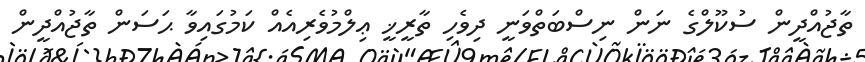
ތާޖުއްދީން ސުކޫލްގެ ނަން ނިސްބަތްވަނީ ދިވެހި ތާރީޚީ ޢިލްމުވެރިއެއް ކަމުގައިވާ ޙަސަން ތާޖުއްދީން